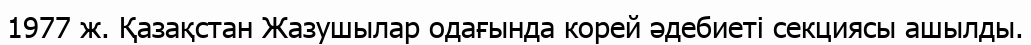
1977 ж. Қазақстан Жазушылар одағында корей әдебиетi секциясы ашылды.